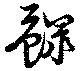
鰥